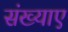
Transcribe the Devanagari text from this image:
संख्याए